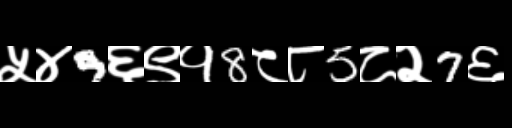
Text: ५४9६९१8८८5८२7६